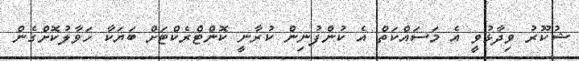
ޝުކޫރު ވިދާޅުވީ އެ މަސައްކަތް އެ ކުންފުނިން ކުރާނީ ކޮންޓްރެކްޓަށް ބަޔަކާ ހަވާލުކޮށްގެން